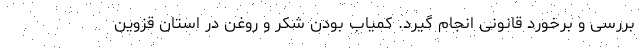
بررسی و برخورد قانونی انجام گیرد. کمیاب بودن شکر و روغن در استان قزوین